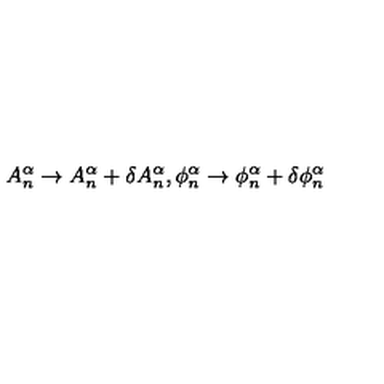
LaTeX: A _ { n } ^ { \alpha } \rightarrow A _ { n } ^ { \alpha } + \delta A _ { n } ^ { \alpha } , \phi _ { n } ^ { \alpha } \rightarrow \phi _ { n } ^ { \alpha } + \delta \phi _ { n } ^ { \alpha }